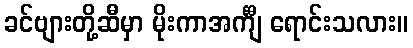
ခင်ဗျားတို့ဆီမှာ မိုးကာအင်္ကျီ ရောင်းသလား။